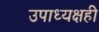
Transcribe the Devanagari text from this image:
उपाध्यक्षही